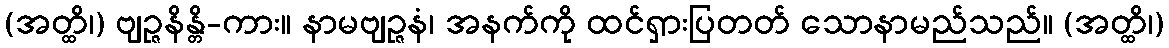
(အတ္ထိ၊) ဗျဉ္ဇနိန္တိ-ကား။ နာမဗျဉ္ဇနံ၊ အနက်ကို ထင်ရှားပြတတ် သောနာမည်သည်။ (အတ္ထိ၊)